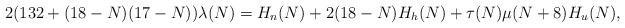
LaTeX: \begin{align*}2(132+(18-N)(17-N))\lambda(N)= H_n(N)+2(18-N) H_h(N)+\tau(N)\mu(N+8) H_u(N), \end{align*}